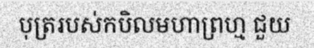
បុត្ររបស់កបិលមហាព្រហ្ម ជួយ